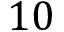
1 0